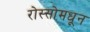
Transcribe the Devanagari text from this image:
रोस्सोमधून